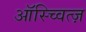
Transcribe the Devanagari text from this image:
ऑस्च्वित्ज़